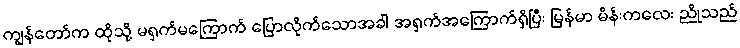
ကျွန်တော်က ထိုသို့ မရှက်မကြောက် ပြောလိုက်သောအခါ အရှက်အကြောက်ရှိပြီး မြန်မာ မိန်းကလေး ညိုသည်